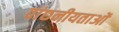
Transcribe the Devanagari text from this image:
वांछनीयताओं